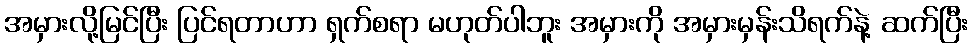
အမှားလို့မြင်ပြီး ပြင်ရတာဟာ ရှက်စရာ မဟုတ်ပါဘူး အမှားကို အမှားမှန်းသိရက်နဲ့ ဆက်ပြီး